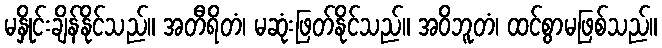
မနှိုင်းချိန်နိုင်သည်။ အတီရိတံ၊ မဆုံးဖြတ်နိုင်သည်။ အဝိဘူတံ၊ ထင်စွာမဖြစ်သည်။